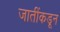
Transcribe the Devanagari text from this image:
जातींकडून